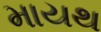
માયથ